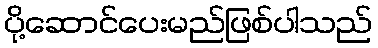
ပို့ဆောင်ပေးမည်ဖြစ်ပါသည်